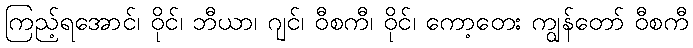
ကြည့်ရအောင်၊ ဝိုင်၊ ဘီယာ၊ ဂျင်၊ ဝီစကီ၊ ဝိုင်၊ ကော့တေး ကျွန်တော် ဝီစကီ